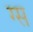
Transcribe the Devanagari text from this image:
ग्स